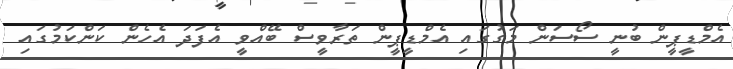
އެމްޑީޕީން ބުނީ ސޯސަން މަގުގައި އެމްޑީޕީން ތަރާވީސް ބޭއްވީ އެފަދަ އެހެން ކަންކަމުގައި